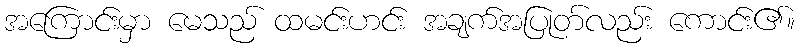
အကြောင်းမှာ မေသည် ထမင်းဟင်း အချက်အပြုတ်လည်း ကောင်း၏။